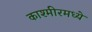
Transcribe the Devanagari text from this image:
काश्‍मीरमध्ये